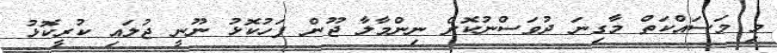
މި މަސައްކަތް މާގިނަ ދުވަސްނުކޮށް ނިންމާލާ ޖޫން ފަހުކޮޅު ނޫނީ ޖުލައި ކުރީކޮޅު